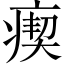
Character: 瘈